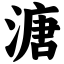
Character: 溏